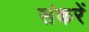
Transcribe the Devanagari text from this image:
संकरें